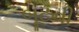
બૂટની